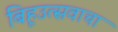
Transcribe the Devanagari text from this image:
बिहूउत्सवाचा